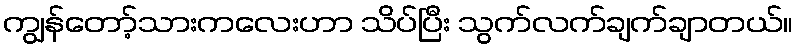
ကျွန်တော့်သားကလေးဟာ သိပ်ပြီး သွက်လက်ချက်ချာတယ်။